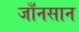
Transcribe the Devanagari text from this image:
जाँनसान